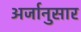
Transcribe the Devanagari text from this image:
अर्जानुसार